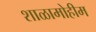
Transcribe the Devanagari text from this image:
शाळामोहीम